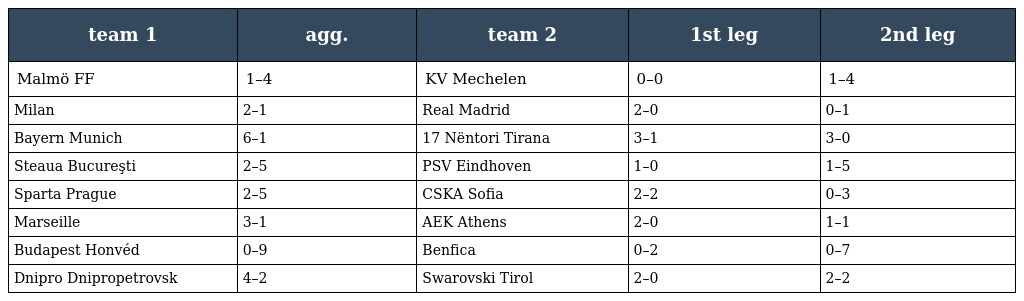
| team 1 | agg. | team 2 | 1st leg | 2nd leg |
 | --- | --- | --- | --- | --- |
 | Malmö FF | 1–4 | KV Mechelen | 0–0 | 1–4 |
 | Milan | 2–1 | Real Madrid | 2–0 | 0–1 |
 | Bayern Munich | 6–1 | 17 Nëntori Tirana | 3–1 | 3–0 |
 | Steaua Bucureşti | 2–5 | PSV Eindhoven | 1–0 | 1–5 |
 | Sparta Prague | 2–5 | CSKA Sofia | 2–2 | 0–3 |
 | Marseille | 3–1 | AEK Athens | 2–0 | 1–1 |
 | Budapest Honvéd | 0–9 | Benfica | 0–2 | 0–7 |
 | Dnipro Dnipropetrovsk | 4–2 | Swarovski Tirol | 2–0 | 2–2 |